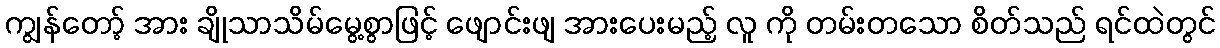
ကျွန်တော့် အား ချိုသာသိမ်မွေ့စွာဖြင့် ဖျောင်းဖျ အားပေးမည့် လူ ကို တမ်းတသော စိတ်သည် ရင်ထဲတွင်